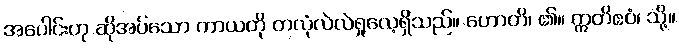
အပေါင်းဟု ဆိုအပ်သော ကာယကို တလုံလဲလဲရှုလေ့ရှိသည်။ ဟောတိ၊ ၏။ ဣတိဧဝံ၊ သို့။